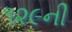
૧૨૯ની